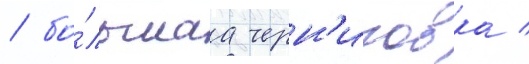
/ бо́льшаа черн'иговка /